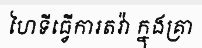
ហៃទីធ្វើការតវ៉ា ក្នុងគ្រា